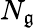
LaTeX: N_{\mathfrak{g}}